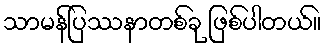
သာမန်ပြဿနာတစ်ခု ဖြစ်ပါတယ်။